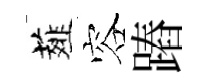
薤容蹖